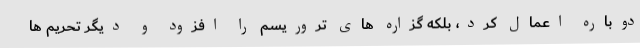
دوباره اعمال کرد، بلکه گزاره های تروریسم را افزود و دیگر تحریم ها